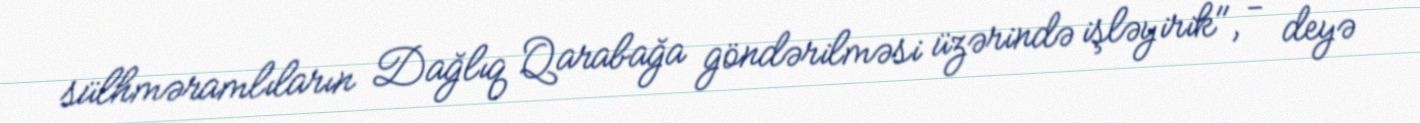
sülhməramlıların Dağlıq Qarabağa göndərilməsi üzərində işləyirik", - deyə